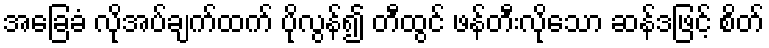
အခြေခံ လိုအပ်ချက်ထက် ပိုလွန်၍ တီထွင် ဖန်တီးလိုသော ဆန်ဒဖြင့် စိတ်